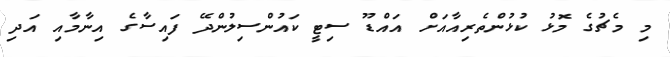
މި މެޗުގެ މޮޅު ކުޅުންތެރިއާއަށް އައްޑޫ ސިޓީ ކައުންސިލުންދޭ ފައިސާގެ އިނާމާއި އަދި